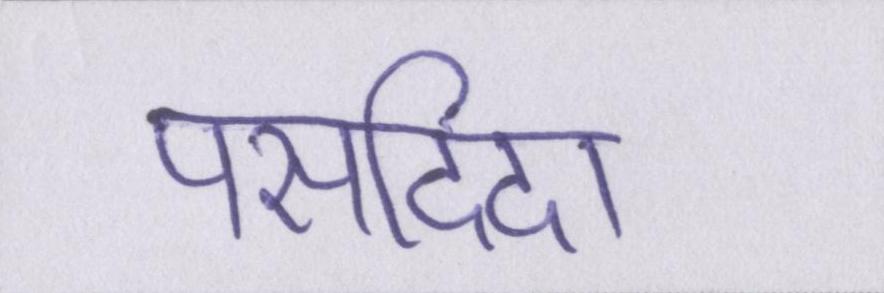
पसदिदा